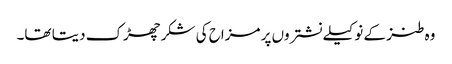
وہ طنز کے نوکیلے نشتروں پر مزاح کی شکر چھڑک دیتا تھا۔